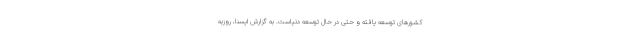
کشورهای توسعه یافته و حتی در حال توسعه دنیاست. به گزارش ایسنا، روزبه